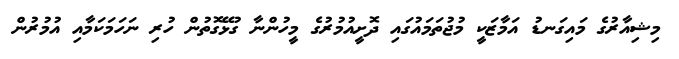
މިޝިއާރުގެ މައިގަނޑު އަމާޒަކީ މުޖުތަމައުގައި ދޮށީއުމުރުގެ މީހުންނާ ގުޅޭގޮތުން ހުރި ނަހަމަކަމާއި އުމުރުން